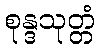
စုန္ဒသုတ္တံ